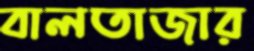
বালতাজার